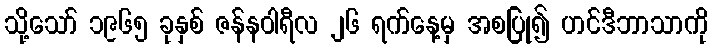
သို့သော် ၁၉၆၅ ခုနှစ် ဇန်နဝါရီလ ၂၆ ရက်နေ့မှ အစပြု၍ ဟင်ဒီဘာသာကို